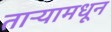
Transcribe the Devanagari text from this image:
ताऱ्यामधून